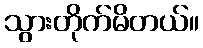
သွားတိုက်မိတယ်။